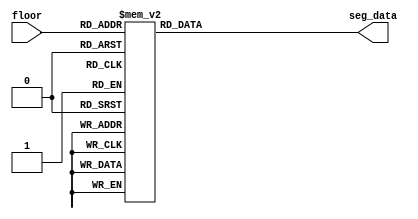
`timescale 1ns / 1ps
//////////////////////////////////////////////////////////////////////////////////
// Company: 
// Engineer: 
// 
// Design Name: 
// Module Name: sevenSegFloor
// Project Name: 
// Target Devices: 
// Tool Versions: 
// Description: 
// 
// Dependencies: 
// 
// Revision:
// Revision 0.01 - File Created
// Additional Comments:
// 
//////////////////////////////////////////////////////////////////////////////////


module sevenSegFloor(
  input [2:0] floor, 
  output reg [7:0] seg_data
  );
  always @(*) begin 
    case (floor)
      // 4'h0: seg_data = 8'b00000011;
      // 4'h1: seg_data = 8'b10011111;
      // 4'h2: seg_data = 8'b00100101;
      // 4'h3: seg_data = 8'b00001101;
      // 4'h4: seg_data = 8'b10011001;
      // 4'h5: seg_data = 8'b01001001;
      // 4'h6: seg_data = 8'b01000001;
      // 4'h7: seg_data = 8'b00011111;
 
     // 4'h0: seg_data = 8'b00000011;
     4'h0: seg_data = 8'b10011111;
     4'h1: seg_data = 8'b00100101;
     4'h2: seg_data = 8'b00001101;
     4'h3: seg_data = 8'b10011001;
     4'h4: seg_data = 8'b01001001;
     4'h5: seg_data = 8'b01000001;
     4'h6: seg_data = 8'b00011111;
     4'h7: seg_data = 8'b00000001; 
      default: 
            seg_data = 8'b11111101;
    endcase
  end

endmodule